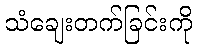
သံချေးတက်ခြင်းကို